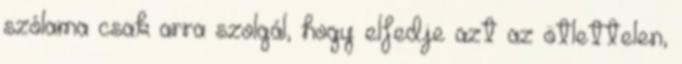
szólama csak arra szolgál, hogy elfedje azt az ötlettelen,